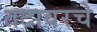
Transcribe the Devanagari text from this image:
तटावरचे